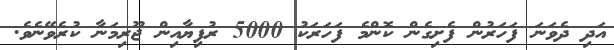
އަދި ދެވަނަ ފަހަރުން ފެށިގެން ކޮންމެ ފަހަރަކު 5000 ރުފިޔާއިން ޖޫރިމަނާ ކުރެވޭނެވެ.